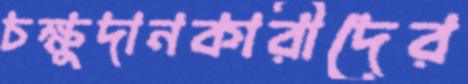
চক্ষুদানকারীদের